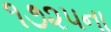
૧૭૨૫ના